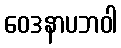
ဝေဒနာပဘဝါ